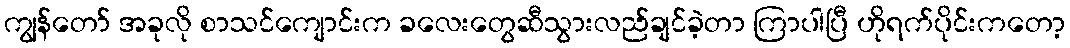
ကျွန်တော် အခုလို စာသင်ကျောင်းက ခလေးတွေဆီသွားလည်ချင်ခဲ့တာ ကြာပါပြီ ဟိုရက်ပိုင်းကတော့